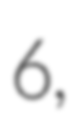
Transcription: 6,